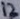
Text: 12